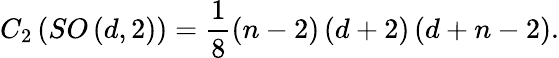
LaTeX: C_{2}\left(SO\left(d,2\right)\right)=\frac 18\left(n-2\right)\left(d+2\right)\left(d+n-2\right).